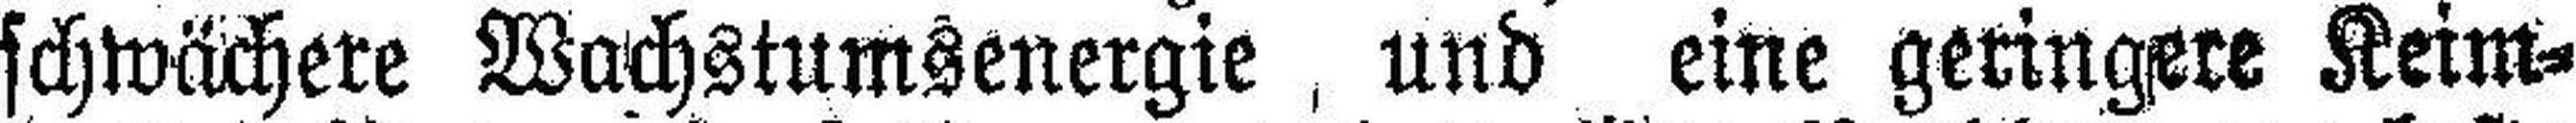
schwächere Wachstumsenergie und eine geringere Keim¬